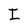
Character: I